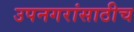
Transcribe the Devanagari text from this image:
उपनगरांसाठीच